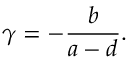
\gamma = - { \frac { b } { a - d } } .